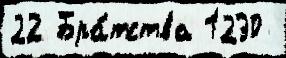
22 Бра́тства 1230